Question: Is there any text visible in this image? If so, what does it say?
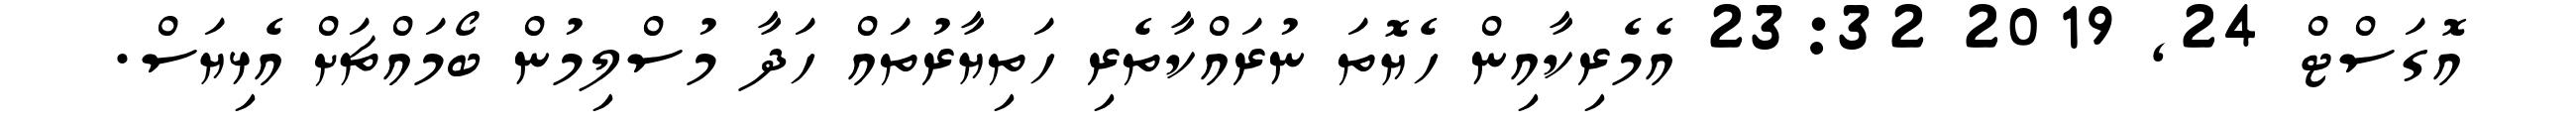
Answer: އޮގަސްޓް 24, 2019 23:32 އެމެރިކާއިން ހެޔޮތަ ނުރައްކާތެރި ހަތިޔާރުތައް ހަދާ މުސްލިމުން ބޯމައްޗަށް އެޅިޔަސް.